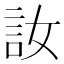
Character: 𫌳